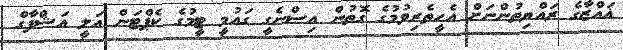
ޣައްޒާގެ ރައްޔިތުންނަށް އެހީތެރިވުމުގެ ގޮތުން އިސްނެގީ ގައުމީ ޓީމުގެ ކެޕްޓަން އަލީ އަޝްފާގް